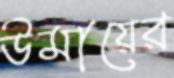
উমায়ের